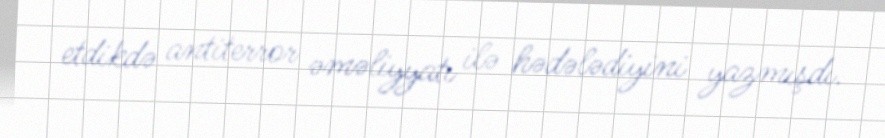
etdikdə antiterror əməliyyatı ilə hədələdiyini yazmışdı.